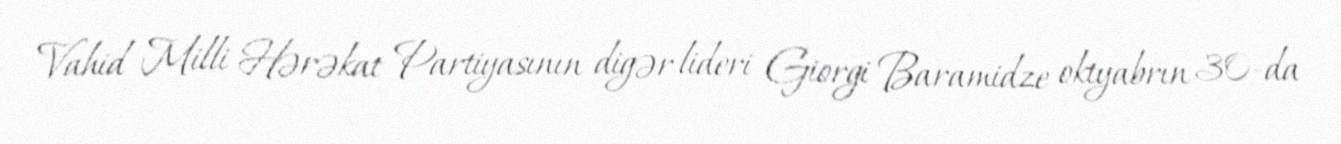
Vahid Milli Hərəkat Partiyasının digər lideri Giorgi Baramidze oktyabrın 30-da